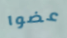
عضوا